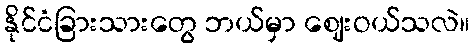
နိုင်ငံခြားသားတွေ ဘယ်မှာ ဈေးဝယ်သလဲ။